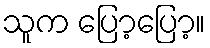
သူက ပြော့ပြော့။